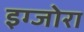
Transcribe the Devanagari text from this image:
इग्जोरा